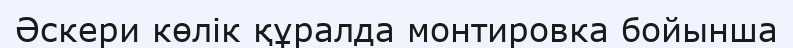
Әскери көлiк құралда монтировка бойынша